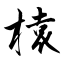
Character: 榬